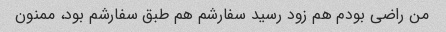
من راضی بودم هم زود رسید سفارشم هم طبق سفارشم بود، ممنون